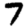
Digit: 7